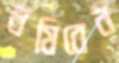
ঘষিবেন